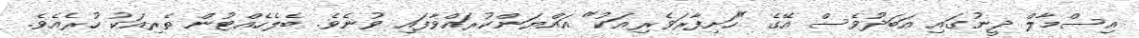
އިސްމާލް ދީނުގައި އަބަދުވެސް އޭގެ "ހަށިފާރަވެރިއަކު" އައްޔަންކުރައްވާފައި ވުނެވެ. ބެލެހެއްޓުން ތެރިއަކު ހުރެއެވެ.